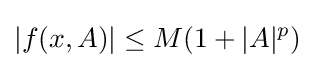
|f(x,A)|\leq M(1+|A|^{p})